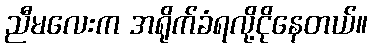
ညီမလေးက အရိုက်ခံရလို့ငိုနေတယ်။